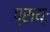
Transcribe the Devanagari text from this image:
प्राय्ः